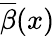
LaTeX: {\overline{{\beta}}}(x)